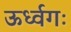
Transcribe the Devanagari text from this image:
ऊर्ध्वगः